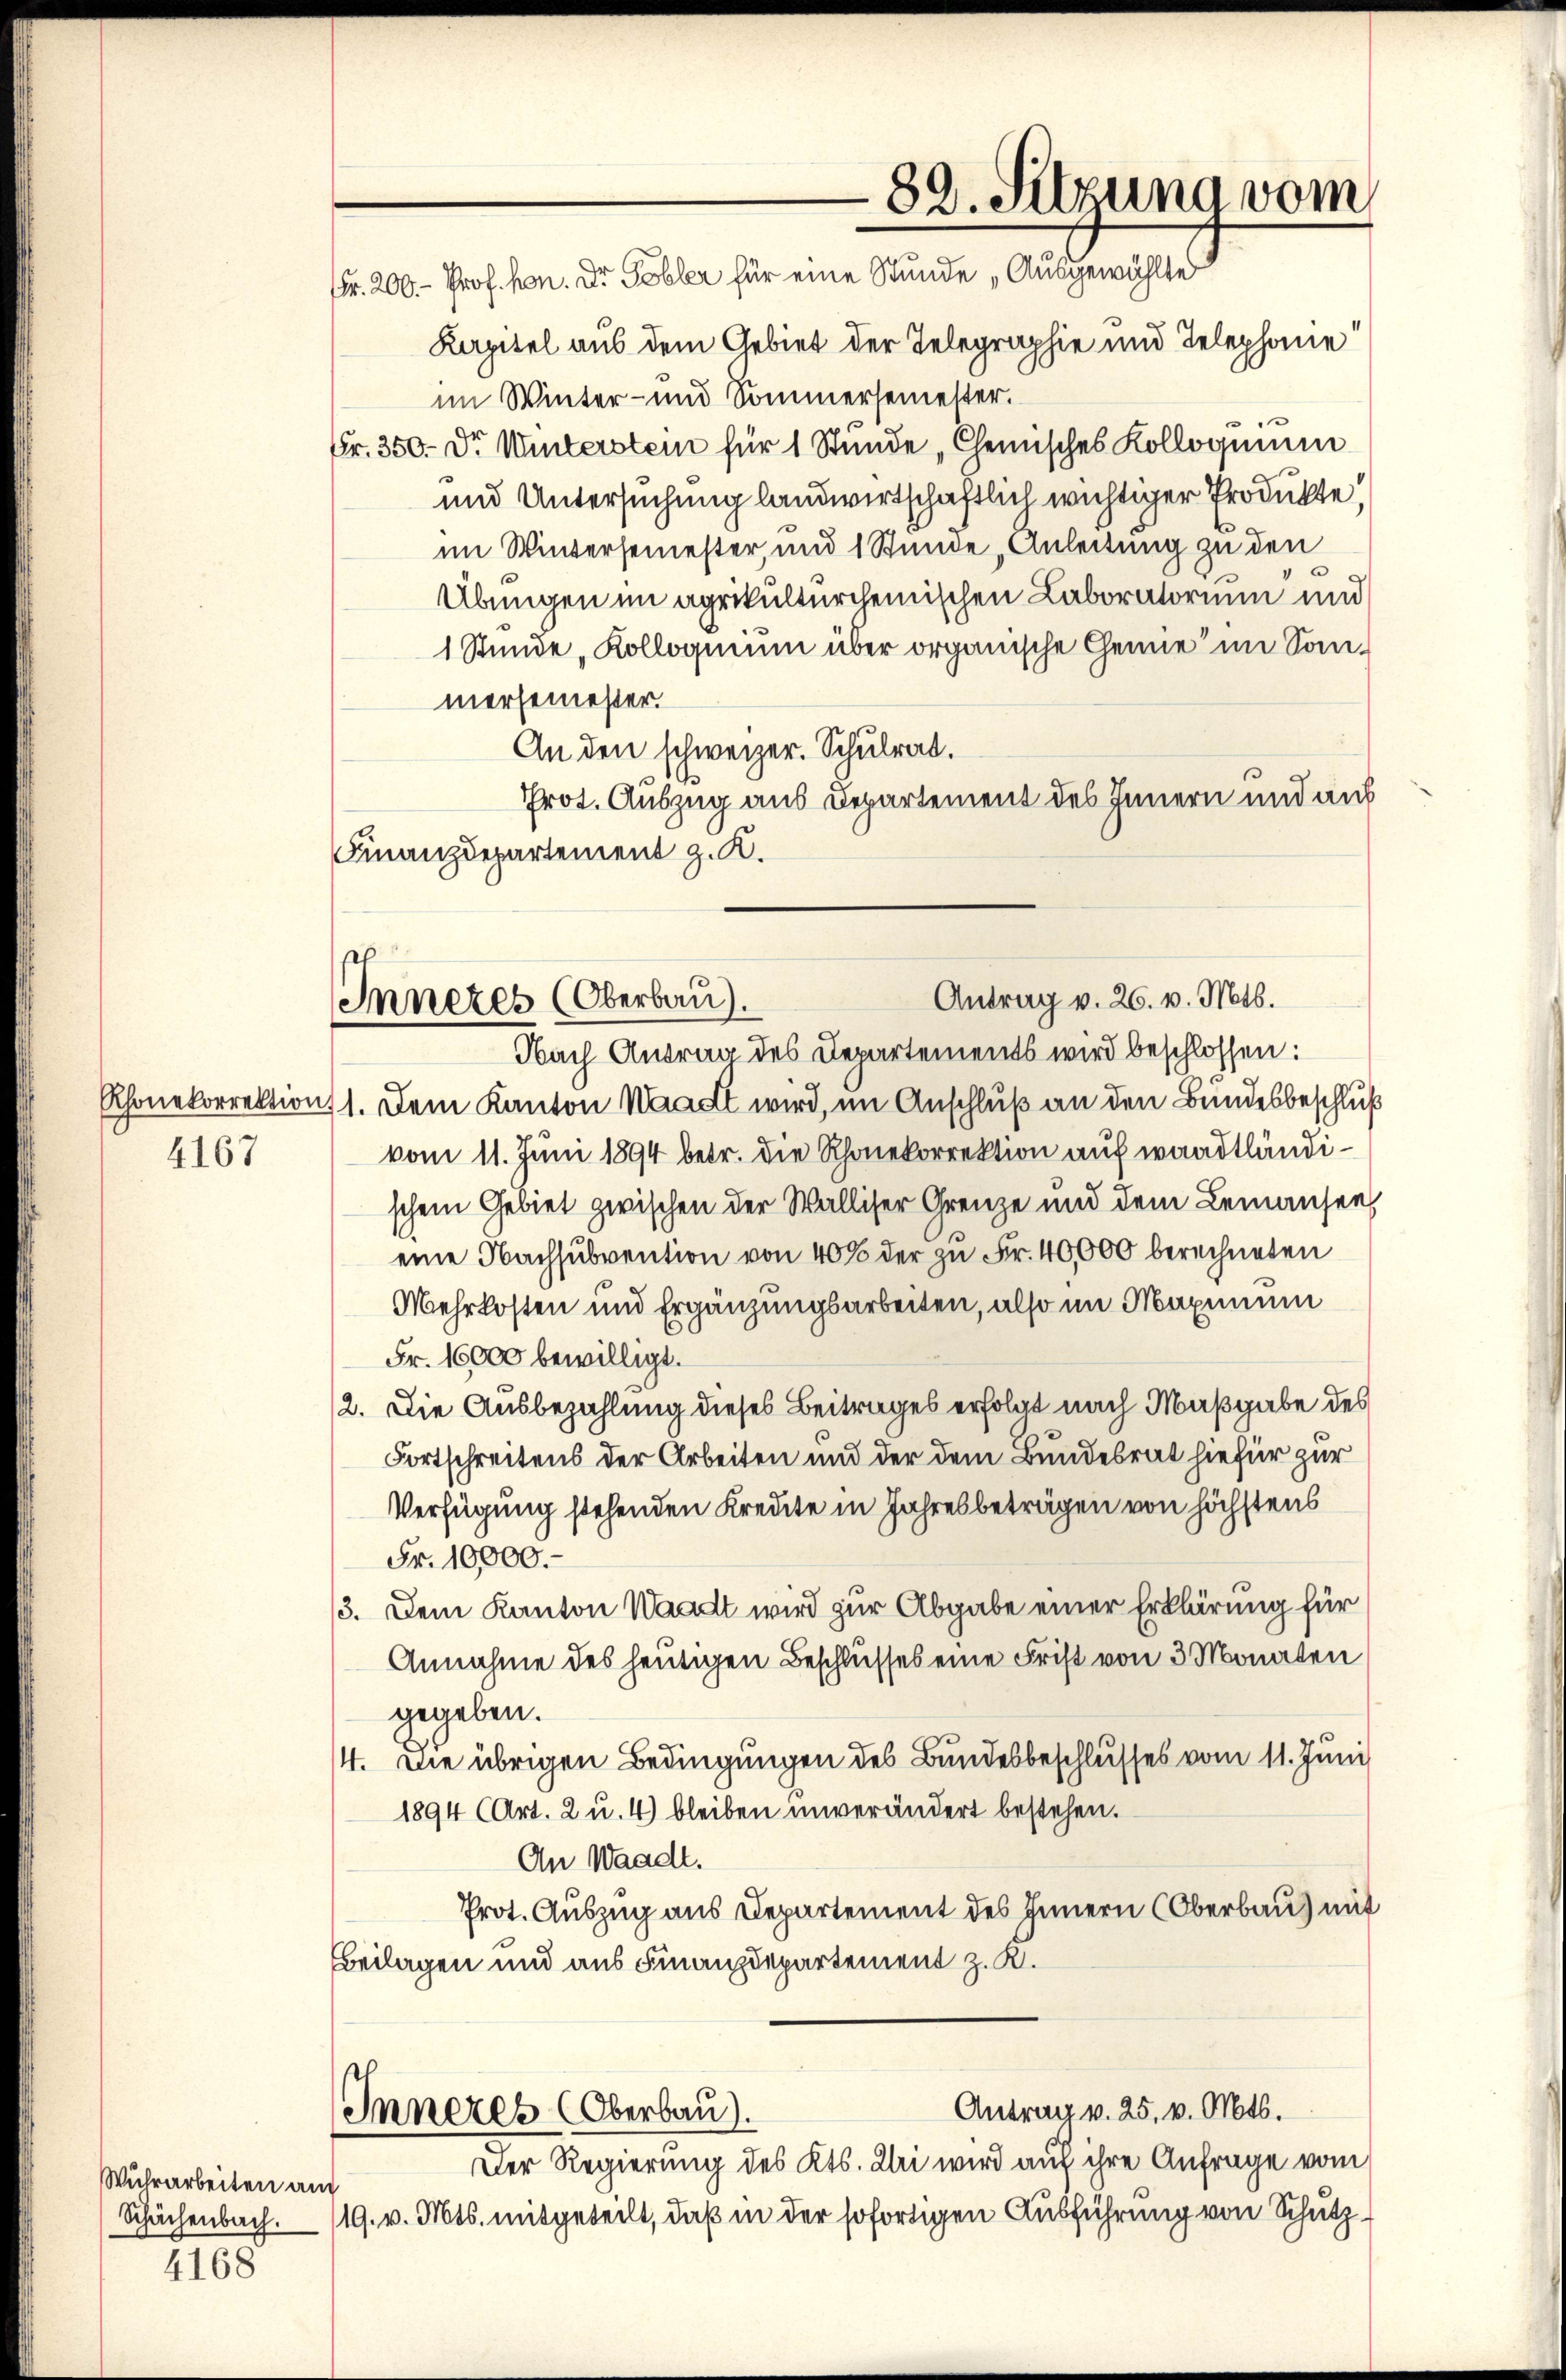
Rhonekorrektion
4167

Wuhrarbeiten auch
Schächenbach.
4168

Antrag v. 26. v. Mts.
Inneres (Oberbau).

Fr. 200.- Prof. Mon. Dr. Tobler für eine Stunde „Ausgewählte
Kapitel aus dem Gebiet der Telegraphie und Telephonie
im Winter- und Sommersemester.
Fr. 350. Dr. Winterstein für 1 Stunde Chemisches Kolloquium
und Untersuchung landwirtschaftlich wichtiger Produkte,
im Wintersemester, und 1 Stunde, Anleitung zu den
Übungen im agrikulturchemischen Laboratorium und
1 Stunde „Kolloquium über organische Genie im Sonmersemester.
An den schweizer. Schulrat.
Prot. Auszug aus Departement des Innern und auf
Finanzdepartement z. K.

Nach Antrag des Departements wird beschlossen:
1. Dem Kanton Waadt wird, im Anschluß an den Bundesbeschluß
vom 11. Juni 1894 betr. die Rhonekorrektion auf waadtländischem Gebiet zwischen der Walliser Grenze und dem Lemausen,
eine Nachsubvention von 40% der zu Fr. 40,000 berechneten
Mehrkosten und Ergänzungsarbeiten, also im Maximum
Fr. 16000 bewilligt.
2. Die Ausbezahlung dieses Beitrages erfolgt nach Maßgabe des
Fortschreitens der Arbeiten und der dem Bundesrat hiefür zur
Verfügung stehenden Kreute in Jahresbeträgen von höchstens
Fr. 10000.-
3. Dem Kanton Waadt wird zur Abgabe einer Erklärung für
Annahme des heutigen Beschlusses eine Frist von 3 Monaten
gegeben.
4. Die übrigen Bedingungen des Bundesbeschlusses vom 11. Juni
1894 (Art. 2 u. 4) bleiben unverändert bestehen.
An Waadt.
Prot. Auszug aus Departement des Innern (Oberbau mit
Beilagen und aus Finanzdepartement z. R.
Antrag v. 25. v. Mts.
Inneres Oberbau).
Der Regierung des Kts. Uri wird auf ihre Anfrage vom
19. v. Mts. mitgeteilt, daß in der sofortigen Ausführung von Schutz¬

82. Sitzung vom